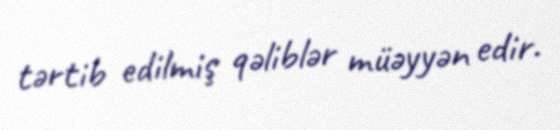
tərtib edilmiş qəliblər müəyyən edir.